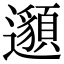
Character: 𨘷